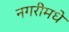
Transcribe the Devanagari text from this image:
नगरीमधे